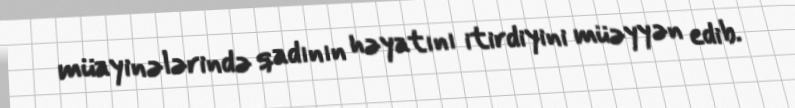
müayinələrində qadının həyatını itirdiyini müəyyən edib.